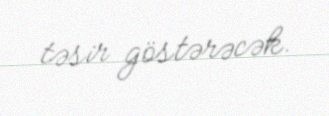
təsir göstərəcək.